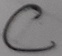
Text: C